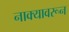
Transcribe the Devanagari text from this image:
नाक्यावरून